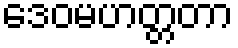
ဒေဝမဟတ္တတာ